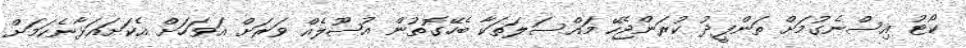
ކޯޓު އިސްނެގުމަށް ތަންފީޛު ކުރަންޖެހޭ މައްސަލަތަކާ ބެހޭގޮތުން އުޞޫލެއް ވަރަށް އަވަހަށް އެކަށައަޅާނެކަމަށް